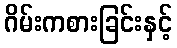
ဂိမ်းကစားခြင်းနှင့်